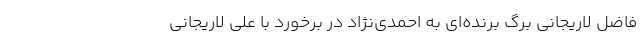
فاضل لاریجانی برگ برنده‌ای به احمدی‌نژاد در برخورد با علی لاریجانی